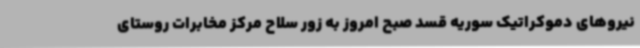
نیروهای دموکراتیک سوریه قسد صبح امروز به زور سلاح مرکز مخابرات روستای